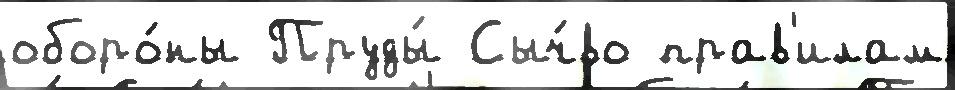
оборо́ны Пруды́ Сыч́во прав'илам